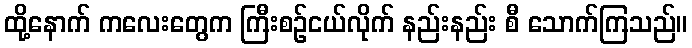
ထို့နောက် ကလေးတွေက ကြီးစဉ်ငယ်လိုက် နည်းနည်း စီ သောက်ကြသည်။